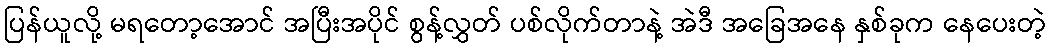
ပြန်ယူလို့ မရတော့အောင် အပြီးအပိုင် စွန့်လွှတ် ပစ်လိုက်တာနဲ့ အဲဒီ အခြေအနေ နှစ်ခုက နေပေးတဲ့